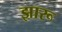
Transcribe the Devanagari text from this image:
झारू